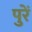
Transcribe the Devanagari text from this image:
पुरें